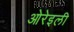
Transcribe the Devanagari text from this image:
ओरेइली